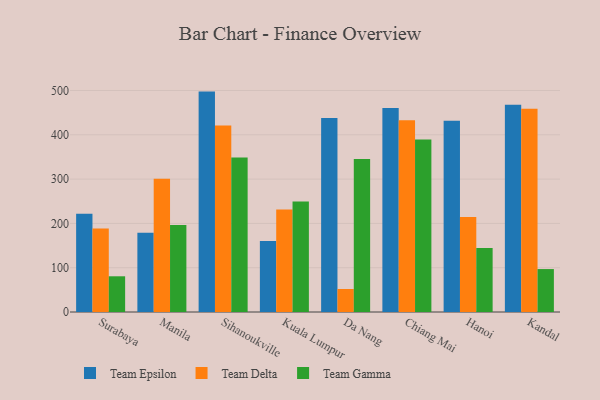
{"axis": {"x": "City", "y": "Demand Index"}, "legend": ["Team Delta", "Team Epsilon", "Team Gamma"], "data": [{"x": "Surabaya", "y": 221.8, "type": "Team Epsilon"}, {"x": "Surabaya", "y": 188.4, "type": "Team Delta"}, {"x": "Surabaya", "y": 80.6, "type": "Team Gamma"}, {"x": "Manila", "y": 178.8, "type": "Team Epsilon"}, {"x": "Manila", "y": 301.0, "type": "Team Delta"}, {"x": "Manila", "y": 196.1, "type": "Team Gamma"}, {"x": "Sihanoukville", "y": 497.5, "type": "Team Epsilon"}, {"x": "Sihanoukville", "y": 421.0, "type": "Team Delta"}, {"x": "Sihanoukville", "y": 349.0, "type": "Team Gamma"}, {"x": "Kuala Lumpur", "y": 160.5, "type": "Team Epsilon"}, {"x": "Kuala Lumpur", "y": 231.4, "type": "Team Delta"}, {"x": "Kuala Lumpur", "y": 249.6, "type": "Team Gamma"}, {"x": "Da Nang", "y": 437.8, "type": "Team Epsilon"}, {"x": "Da Nang", "y": 51.9, "type": "Team Delta"}, {"x": "Da Nang", "y": 345.4, "type": "Team Gamma"}, {"x": "Chiang Mai", "y": 460.4, "type": "Team Epsilon"}, {"x": "Chiang Mai", "y": 432.7, "type": "Team Delta"}, {"x": "Chiang Mai", "y": 389.5, "type": "Team Gamma"}, {"x": "Hanoi", "y": 431.8, "type": "Team Epsilon"}, {"x": "Hanoi", "y": 214.4, "type": "Team Delta"}, {"x": "Hanoi", "y": 144.6, "type": "Team Gamma"}, {"x": "Kandal", "y": 467.9, "type": "Team Epsilon"}, {"x": "Kandal", "y": 458.8, "type": "Team Delta"}, {"x": "Kandal", "y": 96.9, "type": "Team Gamma"}]}